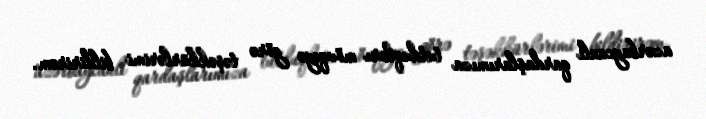
azərbaycanlı qardaşlarımıza tutduqları mövqeyə görə təşəkkürlərimi bildirirəm.